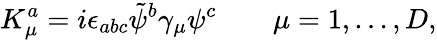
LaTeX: K_{\mu}^{a}=i\epsilon_{abc}\tilde{\psi}^{b}\gamma_{\mu}\psi^{c}\qquad\mu=1,\dots,D,